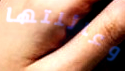
وعائلتها